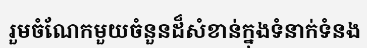
រួមចំណែកមួយចំនួនដ៏សំខាន់ក្នុងទំនាក់ទំនង